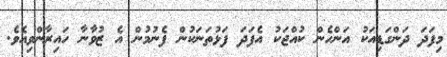
މިފަދަ ދަންގަޑިއަކު އަންހެން ކުއްޖަކު އެފަދަ ފަޅުތަނަކުން ފެނުމުން އެ ޒުވާނާ ހައިރާންވިއެވެ.